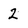
Character: 2